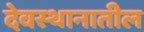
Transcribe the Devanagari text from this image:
देवस्थानातील